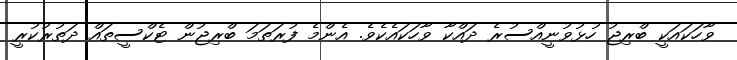
ވާހަކައަކީ ބްރިޖު ހުޅުވުނީއްސުރެ ދައްކާ ވާހަކައެކެވެ. އެންމެ ފުރަތަމަ ބްރިޖުން ޓެކްސީތައް ދަތުރުކުރީ